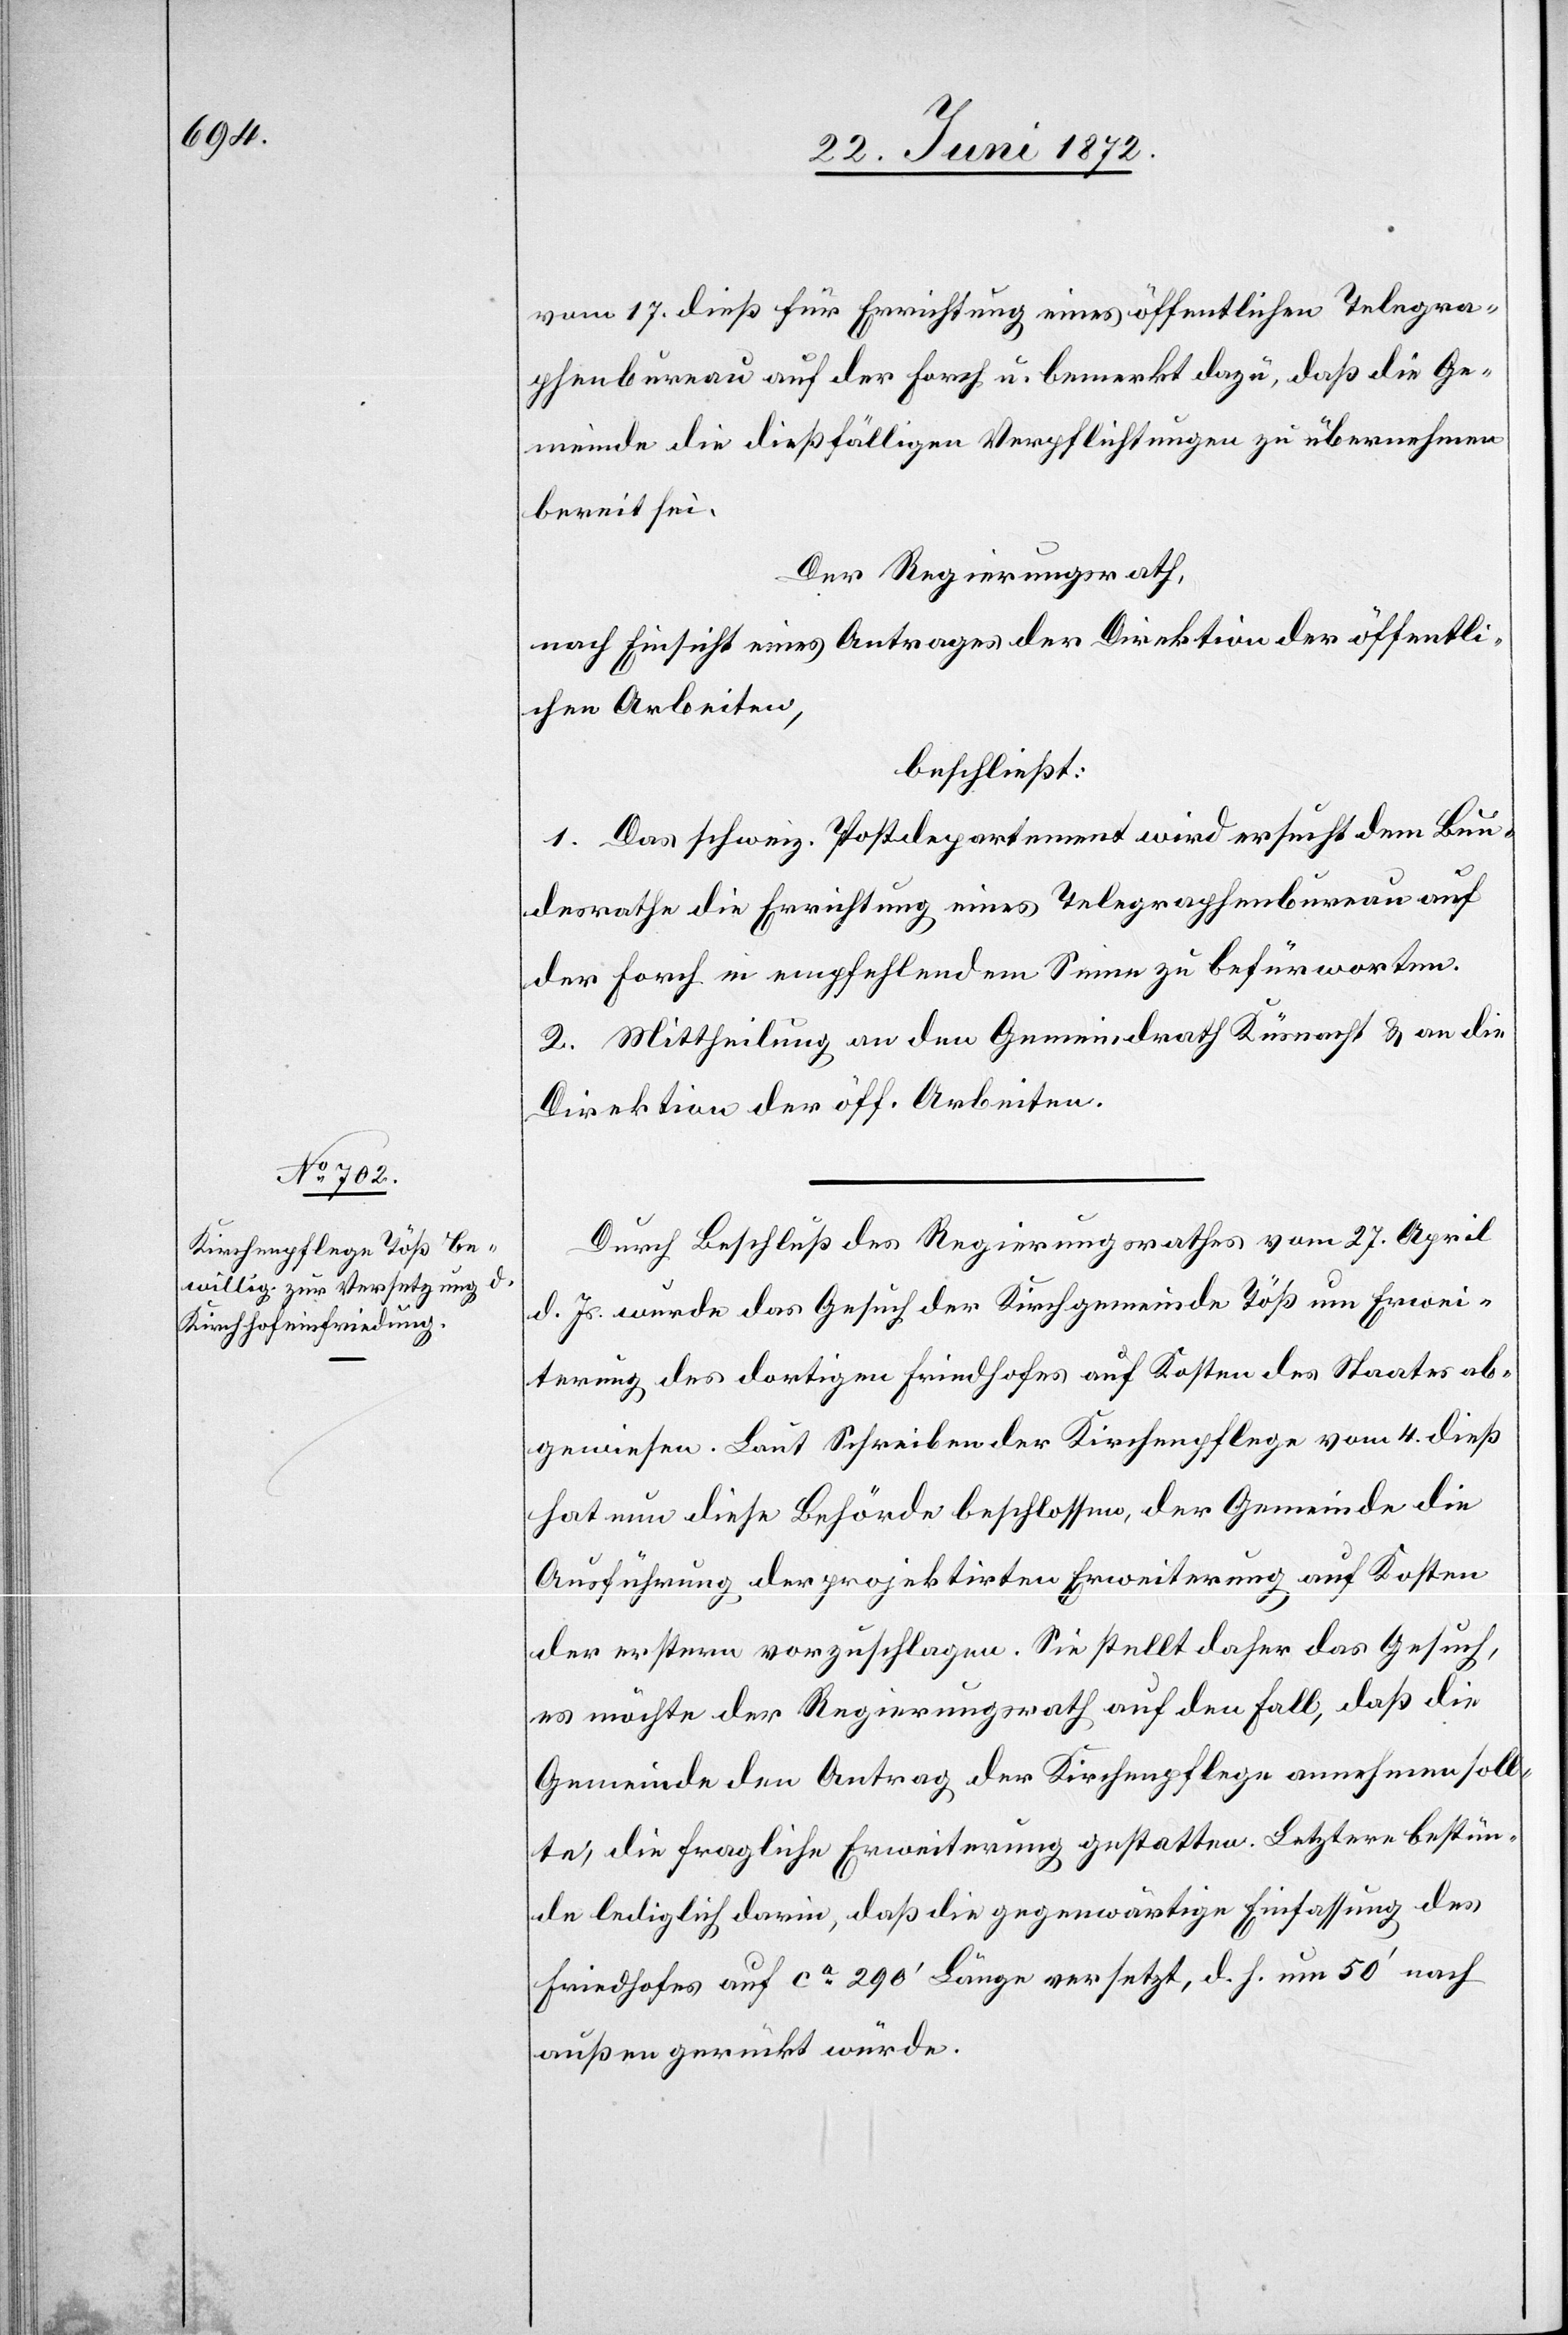
vom 17. dieß für Errichtung eines öffentlichen Telegra¬
phenbureau auf der Forch u. bemerkt dazu, daß die Ge¬
meinde die dießfälligen Verpflichtungen zu übernehmen
bereit sei.
Der Regierungsrath,
nach Einsicht eines Antrages der Direktion der öffentli¬
chen Arbeiten,
beschließt:
1. Das schweiz. Postdepartement wird ersucht dem Bun¬
desrathe die Errichtung eines Telegraphenbureau auf
der Forch in empfehlendem Sinne zu befürworten.
2. Mittheilung an den Gemeindrath Küsnacht u. an die
Direktion der öff. Arbeiten.
Durch Beschluß des Regierungsrathes vom 27. April
d. Js. wurde das Gesuch der Kirchgemeinde Töß um Erwei¬
terung des dortigen Friedhofes auf Kosten des Staates ab¬
gewiesen. Laut Schreiben der Kirchenpflege vom 4. dieß
hat nun diese Behörde beschlossen, der Gemeinde die
Ausführung der projektirten Erweiterung auf Kosten
der erstern vorzuschlagen. Sie stellt daher das Gesuch,
es möchte der Regierungsrath auf den Fall, daß die
Gemeinde den Antrag der Kirchenpflege annehmen soll¬
te, die fragliche Erweiterung gestatten. Letztere bestün¬
de lediglich darin, daß die gegenwärtige Einfassung des
Friedhofes auf ca 290’ Länge versetzt, d. h. um 50’ nach
außen gerückt würde.